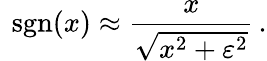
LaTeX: \ \operatorname{sgn}(x)\approx{\frac{x}{\sqrt{x^{2}+\varepsilon^{2}}}}\, .